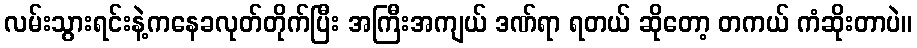
လမ်းသွားရင်းနဲ့ကနေခလုတ်တိုက်ပြီး အကြီးအကျယ် ဒဏ်ရာ ရတယ် ဆိုတော့ တကယ် ကံဆိုးတာပဲ။